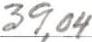
39,04